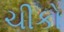
ચીકો